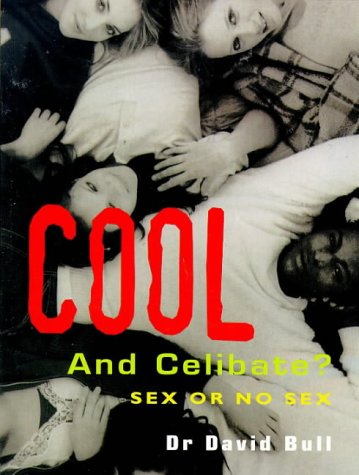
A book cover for Cool and Celibate?: Sex and No Sex; David Bull; Teen & Young Adult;